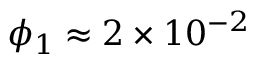
\phi _ { 1 } \approx 2 \times 1 0 ^ { - 2 }